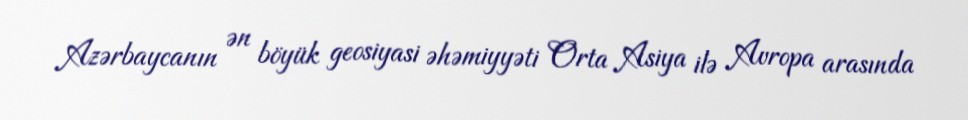
Azərbaycanın ən böyük geosiyasi əhəmiyyəti Orta Asiya ilə Avropa arasında